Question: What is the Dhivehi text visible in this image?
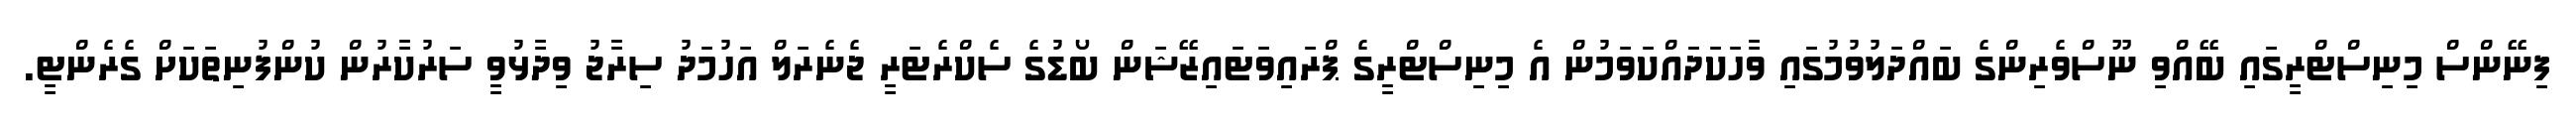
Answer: ފިނޭންސް މިނިސްޓްރީގައި ބޭއްވި ނޫސްވެރިންގެ ބައްދަލުވުމުގައި ވާހަކަދައްކަވަމުން އެ މިނިސްޓްރީގެ ޕްރައިވަޓައިޒޭޝަން ބޯޑުގެ ސެކްރެޓަރީ ޖެނެރަލް އަހުމަދު ސިރާޖު ވިދާޅުވީ ސަރުކާރުން ކުންފުނިތަކަށް ގެރެންޓީ.